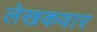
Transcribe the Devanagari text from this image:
लेखकवार